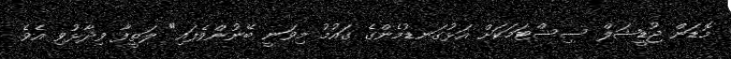
މޮޑަން ޖުޑީޝަލް ސިސްޓަމަކަށް އަޅުގަނޑުމެންގެ ގައުމު މިވަނީ ބޭނުންވެފައި" ލަތީފާ ވިދާޅުވި އެވެ.